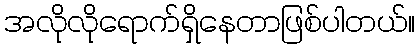
အလိုလိုရောက်ရှိနေတာဖြစ်ပါတယ်။